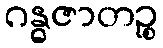
ဂန္ဓဇာတဉ္စ